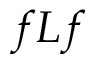
f L f